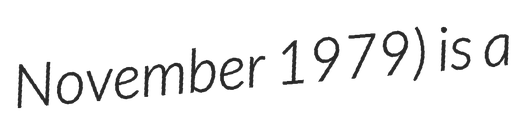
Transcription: November 1979) is a